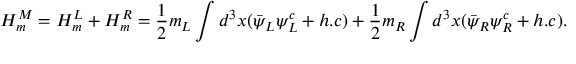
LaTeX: H _ { m } ^ { M } = H _ { m } ^ { L } + H _ { m } ^ { R } = \frac { 1 } { 2 } m _ { L } \int d ^ { 3 } { x } ( \bar { \psi } _ { L } \psi _ { L } ^ { c } + h . c ) + \frac { 1 } { 2 } m _ { R } \int d ^ { 3 } { x } ( \bar { \psi } _ { R } \psi _ { R } ^ { c } + h . c ) .